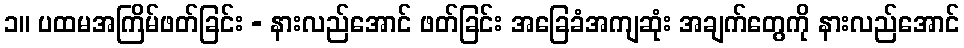
၁။ ပထမအကြိမ်ဖတ်ခြင်း - နားလည်အောင် ဖတ်ခြင်း အခြေခံအကျဆုံး အချက်တွေကို နားလည်အောင်